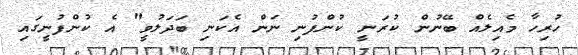
ހުރިހާ މެއިލެއް ބޭނުން ކުރަނީ ކުންފުނި ނަން އެކަނި ބަދަލުވީ" އެ ކުންފުނީގައި